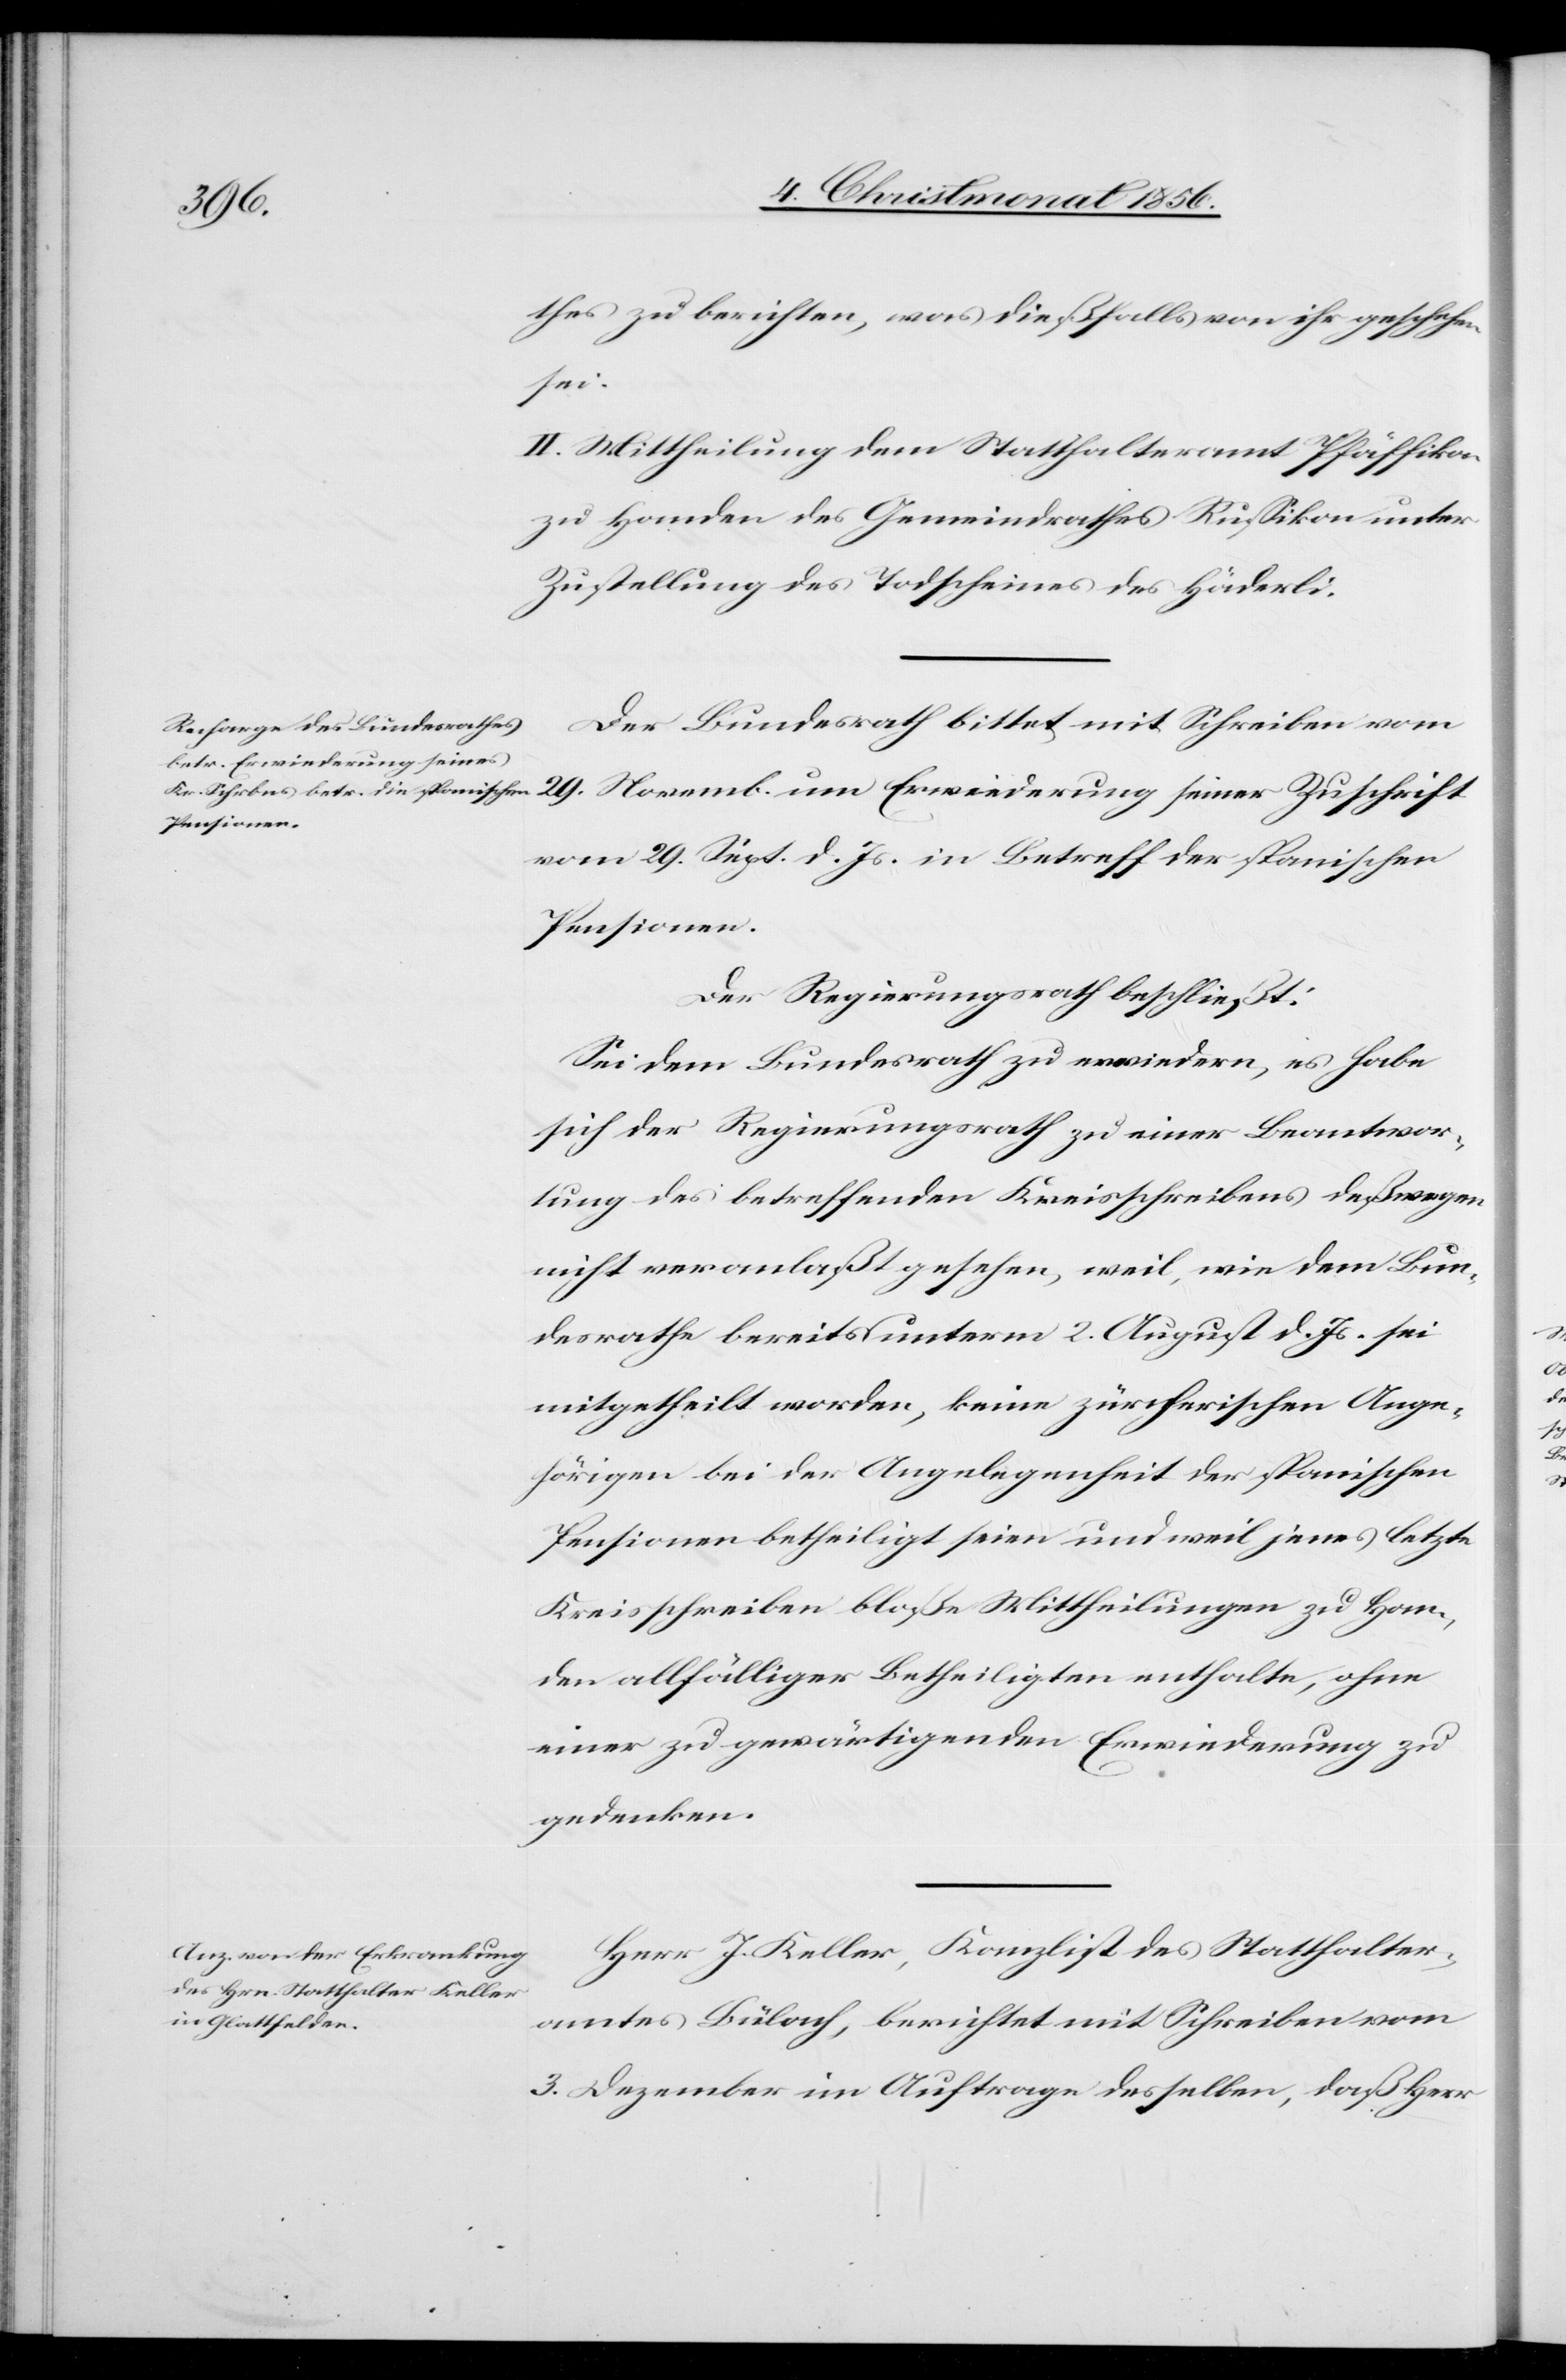
thes zu berichten, was dießfalls von ihr geschehen
sei.
II. Mittheilung dem Statthalteramt Pfäffikon
zu Handen des Gemeindrathes Russikon unter
Zustellung des Todscheines des Häderli.
Der Bundesrath bittet mit Schreiben vom
um Erwiederung seiner
vom 29. Sept. d. Js. in Betreff der spanischen
Pensionen.
Der Regierungsrath beschließt:
Sei dem Bundesrath zu erwiedern, es habe
sich der Regierungsrath zu einer Beantwor¬
tung des betreffenden Kreisschreibens deßwegen
nicht veranlaßt gesehen, weil, wie dem Bun¬
desrathe bereits unterm 2. August d. Js. sei
mitgetheilt worden, keine zürcherischen Ange¬
hörigen bei der Angelegenheit der spanischen
Pensionen betheiligt seien und weil jenes letzte
Kreisschreiben bloße Mittheilungen zu Han¬
den allfälliger Betheiligten enthalte, ohne
einer zu gewärtigenden Erwiederung zu
gedenken.
Herr J. Keller, Kanzlist des Statthalter¬
amtes Bülach, berichtet mit Schreiben vom
3. Dezember im Auftrage desselben, daß Herr